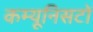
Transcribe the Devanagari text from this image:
कम्यूनिसटों